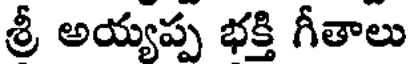
శ్రీ అయ్యప్ప భక్తి గీతాలు